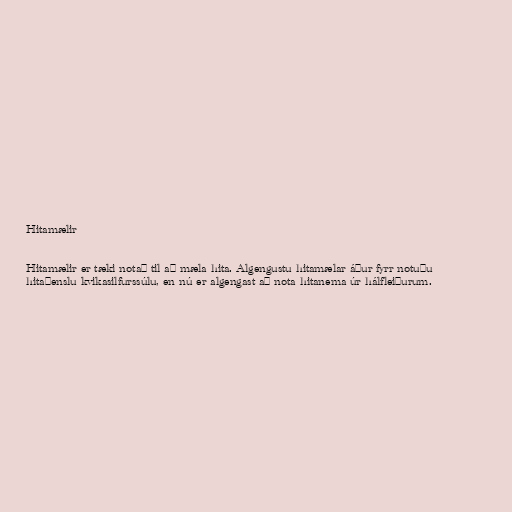
Hitamælir

Hitamælir er tæki notað til að mæla hita. Algengustu hitamælar áður fyrr notuðu
hitaþenslu kvikasilfurssúlu, en nú er algengast að nota hitanema úr hálfleiðurum.